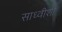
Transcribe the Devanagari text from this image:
साध्वीशी